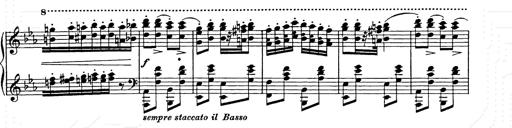
Title: Hungarian Rhapsody No.9
Composer: Franz Liszt
Key: E-flat major